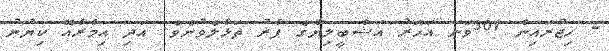
- ހިޖުރައިން 301ވަނަ އަހަރު އަޝްބީލިޔާގެ ފާރު ތަޅާލެވުނެވެ. އަދި އިމާރާއޭ ކިޔުނު